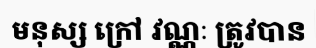
មនុស្ស ក្រៅ វណ្ណៈ ត្រូវបាន